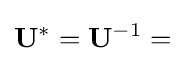
\mathbf {U} ^{*}=\mathbf {U} ^{-1}=